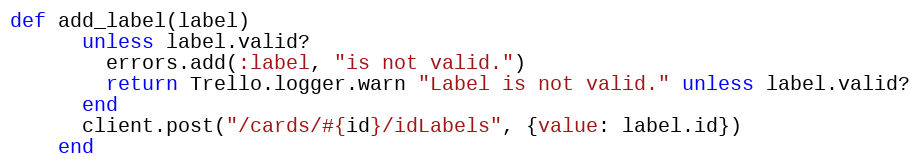
Language: Ruby
def add_label(label)
      unless label.valid?
        errors.add(:label, "is not valid.")
        return Trello.logger.warn "Label is not valid." unless label.valid?
      end
      client.post("/cards/#{id}/idLabels", {value: label.id})
    end